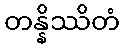
တန္နိဿိတံ